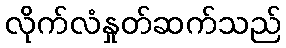
လိုက်လံနှုတ်ဆက်သည်